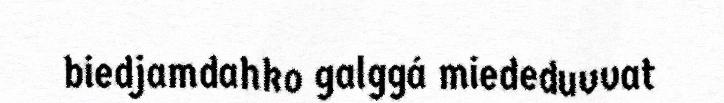
biedjamdahko galggá miededuvvat